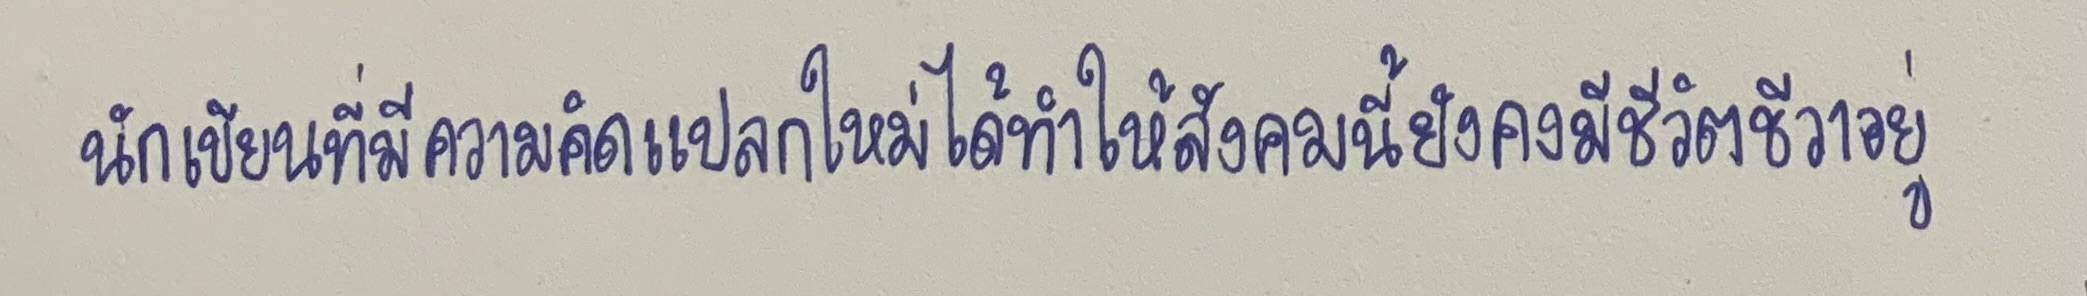
นักเขียนที่มีความคิดแปลกใหม่ได้ทำให้สังคมนี้ยังคงมีชีวิตชีวาอยู่